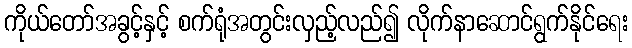
ကိုယ်တော်အခွင့်နှင့် စက်ရုံအတွင်းလှည့်လည်၍ လိုက်နာဆောင်ရွက်နိုင်ရေး